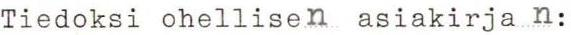
Tiedoksi ohellisen asiakirja n: